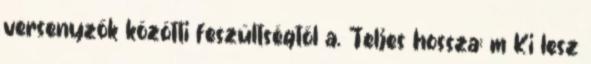
versenyzők közötti feszültségtől a. Teljes hossza: m Ki lesz